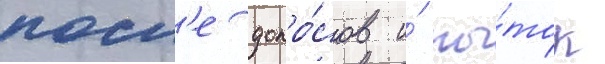
посл'е допро́сов и́ пы́ток